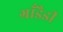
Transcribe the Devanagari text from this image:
ग्राँडैडी